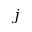
j